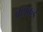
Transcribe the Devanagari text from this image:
वराकडे